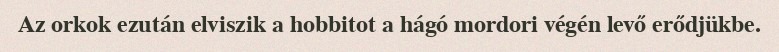
Az orkok ezután elviszik a hobbitot a hágó mordori végén levő erődjükbe.